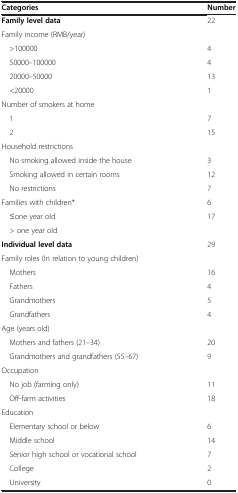
| Categories | Number |
 | --- | --- |
 | Family level data | 22 |
 | Family income (RMB/year) |  |
 | >100000 | 4 |
 | 50000–100000 | 4 |
 | 20000–50000 | 13 |
 | <20000 | 1 |
 | Number of smokers at home |  |
 | 1 | 7 |
 | 2 | 15 |
 | Household restrictions |  |
 | No smoking allowed inside the house | 3 |
 | Smoking allowed in certain rooms | 12 |
 | No restrictions | 7 |
 | Families with children* | 6 |
 | ≤one year old | 17 |
 | > one year old |  |
 | Individual level data | 29 |
 | Family roles (In relation to young children) |  |
 | Mothers | 16 |
 | Fathers | 4 |
 | Grandmothers | 5 |
 | Grandfathers | 4 |
 | Age (years old) |  |
 | Mothers and fathers (21–34) | 20 |
 | Grandmothers and grandfathers (55–67) | 9 |
 | Occupation |  |
 | No job (farming only) | 11 |
 | Off-farm activities | 18 |
 | Education |  |
 | Elementary school or below | 6 |
 | Middle school | 14 |
 | Senior high school or vocational school | 7 |
 | College | 2 |
 | University | 0 |